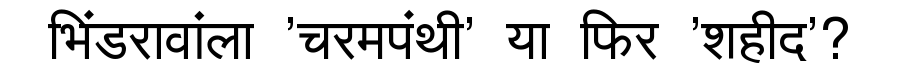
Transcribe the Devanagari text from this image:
भिंडरावांला 'चरमपंथी' या फिर 'शहीद'?